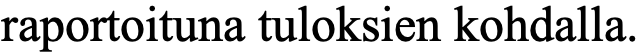
raportoituna tuloksien kohdalla.